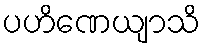
ပဟိဏေယျာသိ